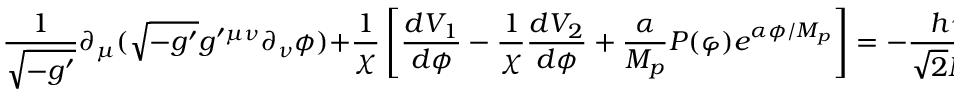
\frac { 1 } { \sqrt { - g ^ { \prime } } } \partial _ { \mu } ( \sqrt { - g ^ { \prime } } g ^ { \prime \mu \nu } \partial _ { \nu } \phi ) + \frac { 1 } { \chi } \left[ \frac { d V _ { 1 } } { d \phi } - \frac { 1 } { \chi } \frac { d V _ { 2 } } { d \phi } + \frac { \alpha } { M _ { p } } P ( \varphi ) e ^ { \alpha \phi / M _ { p } } \right] = - \frac { h \gamma } { \sqrt { 2 } M _ { p } } \overline { { { \Psi } } } ^ { \prime } \Psi ^ { \prime } \varphi \frac { e ^ { \gamma \phi / M _ { p } } } { \chi ^ { 3 / 2 } } ;